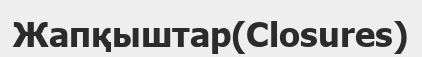
Жапқыштар(Closures)